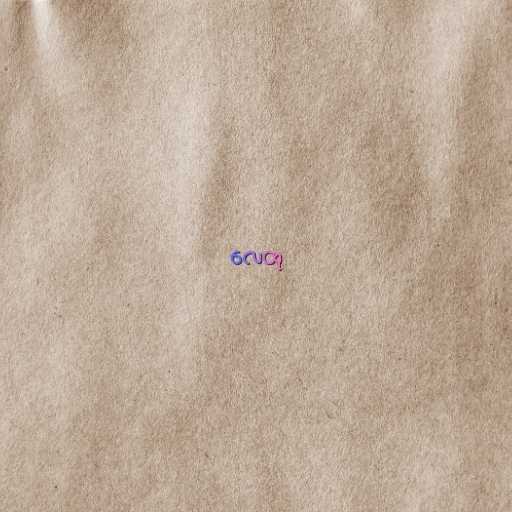
လေထု